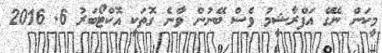
މީކަން ނޭގޭ އަފްރާޝީމު ވެސް ބޭނުން ވާނެ ގޮތަކީ އޮކްޓޯބަރު 6